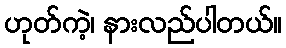
ဟုတ်ကဲ့၊ နားလည်ပါတယ်။